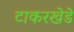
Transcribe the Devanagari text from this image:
टाकरखेडे